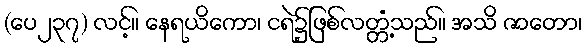
(ပေ၂၃၇) လင့်။ နေရယိကော၊ ငရဲ၌ဖြစ်လတ္တံ့သည်။ အသိ ဇာတော၊